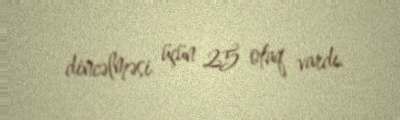
dincəlməsi üçün 25 otaq vardı.